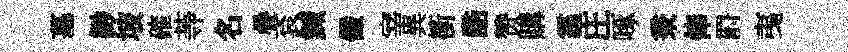
墓緲坡確䓁名疊袞鍼儼宰異衝酷赞購霾庄啄秉俸罸𢎯